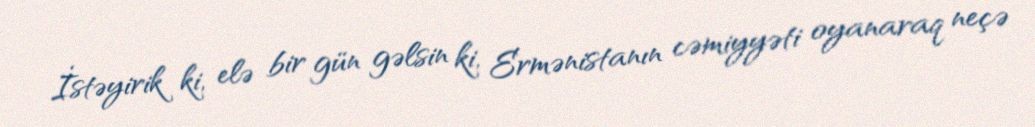
İstəyirik ki, elə bir gün gəlsin ki, Ermənistanın cəmiyyəti oyanaraq neçə